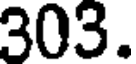
303.